Medical and sanitary report on the native army of Bombay for the year
Year: 1878
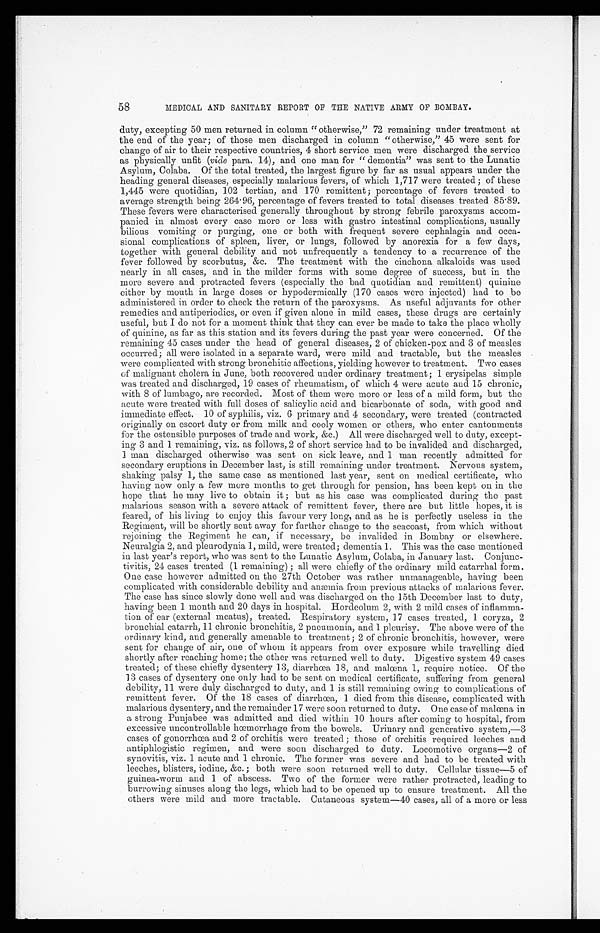
58
MEDICAL AND SANITARY REPORT OF THE NATIVE ARMY OF BOMBAY.
duty, excepting 50 men returned in column "otherwise," 72 remaining under treatment at
the end of the year; of those men discharged in column "otherwise," 45 were sent for
change of air to their respective countries, 4 short service men were discharged the service
as physically unfit (vide para. 14), and one man for " dementia" was sent to the Lunatic
Asylum, Colaba. Of the total treated, the largest figure by far as usual appears under the
heading general diseases, especially malarious fevers, of which 1,717 were treated ; of these
1,445 were quotidian, 102 tertian, and 170 remittent; percentage of fevers treated to
average strength being 264.96, percentage of fevers treated to total diseases treated 85.89.
These fevers were characterised generally throughout by strong febrile paroxysms accom-
panied in almost every case more or less with gastro intestinal complications, usually
bilious vomiting or purging, one or both with frequent severe cephalagia and occa-
sional complications of spleen, liver, or lungs, followed by anorexia for a few days,
together with general debility and not unfrequently a tendency to a recurrence of the
fever followed by scorbutus, &c. The treatment with the cinchona alkaloids was used
nearly in all cases, and in the milder forms with some degree of success, but in the
more severe and protracted fevers (especially the bad quotidian and remittent) quinine
either by mouth in large doses or hypodermically (170 cases were injected) had to be
administered in order to check the return of the paroxysms. As useful adjuvants for other
remedies and antiperiodics, or even if given alone in mild cases, these drugs are certainly
useful, but I do not for a moment think that they can ever be made to take the place wholly
of quinine, as far as this station and its fevers during the past year were concerned. Of the
remaining 45 cases under the head of general diseases, 2 of chicken-pox and 3 of measles
occurred; all were isolated in a separate ward, were mild and tractable, but the measles
were complicated with strong bronchitic affections, yielding however to treatment. Two cases
of malignant cholera in June, both recovered under ordinary treatment ; 1 erysipelas simple
was treated and discharged, 19 cases of rheumatism, of which 4 were acute and 15 chronic,
with 8 of lumbago, are recorded. Most of them were more or less of a mild form, but the
acute were treated with full doses of salicylic acid and bicarbonate of soda, with good and
immediate effect. 10 of syphilis, viz. 6 primary and 4 secondary, were treated (contracted
originally on escort duty or from milk and cooly women or others, who enter cantonments
for the ostensible purposes of trade and work, &c.) All were discharged well to duty, except-
ing 3 and 1 remaining, viz. as follows, 2 of short service had to be invalided and discharged,
1. man discharged otherwise was sent on sick leave, and 1 man recently admitted for
secondary eruptions in December last, is still remaining under treatment. Nervous system,
shaking palsy 1, the same case as mentioned last year, sent on medical certificate, who
having now only a few more months to get through for pension, has been kept on in the
hope that he may live to obtain it ; but as his case was complicated during the past
malarious season with a severe attack of remittent fever, there are but little hopes, it is
feared, of his living to enjoy this favour very long, and as he is perfectly useless in the
Regiment, will be shortly sent away for further change to the seacoast, from which without
rejoining the Regiment he can, if necessary, be invalided in Bombay or elsewhere.
Neuralgia 2, and pleurodynia 1, mild, were treated; dementia 1. This was the case mentioned
in last year's report, who was sent to the Lunatic Asylum, Colaba, in January last. Conjunc-
tivitis, 24 cases treated (1 remaining) ; all were chiefly of the ordinary mild catarrhal form.
One case however admitted on the 27th October was rather unmanageable, having been
complicated with considerable debility and anæmia from previous attacks of malarious fever.
The case has since slowly done well and was discharged on the 15th December last to duty,
having been 1 month and 20 days in hospital. Hordeolum 2, with 2 mild cases of inflamma-
tion of ear (external meatus), treated. Respiratory system, 17 cases treated, 1 coryza, 2
bronchial catarrh, 11 chronic bronchitis, 2 pneumonia, and 1 pleurisy. The above were of the
ordinary kind, and generally amenable to treatment ; 2 of chronic bronchitis, however, were
sent for change of air, one of whom it appears from over exposure while travelling died
shortly after reaching home; the other was returned well to duty. Digestive system 49 cases
treated; of these chiefly dysentery 13, diarrhœa 18, and malœna 1, require notice. Of the
13 cases of dysentery one only had to be sent on medical certificate, suffering from general
debility, 11 were duly discharged to duty, and 1 is still remaining owing to complications of
remittent fever. Of the 18 cases of diarrhoea, 1 died from this disease, complicated with
malarious dysentery, and the remainder 17 were soon returned to duty. One case of malœna in
a strong Punjabee was admitted and died within 10 hours after coming to hospital, from
excessive uncontrollable hœmorrhage from the bowels. Urinary and generative system,—3
cases of gonorrhœa and 2 of orchitis were treated ; those of orchitis required leeches and
antiphlogistic regimen, and were soon discharged to duty. Locomotive organs—2 of
synovitis, viz. 1 acute and 1 chronic. The former was severe and had to be treated with
leeches, blisters, iodine, &c. ; both were soon returned well to duty. Cellular tissue—5 of
guinea-worm and 1 of abscess. Two of the former were rather protracted, leading to
burrowing sinuses along the legs, which bad to be opened up to ensure treatment. All the
others were mild and more tractable. Cutaneous system—40 cases, all of a more or less